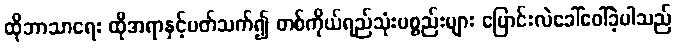
ထိုဘာသာရေး ထိုအရာနှင့်ပတ်သက်၍ တစ်ကိုယ်ရည်သုံးပစ္စည်းများ ပြောင်းလဲခေါ်ဝေါ်ခဲ့ပါသည်